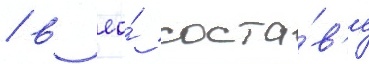
/ в ео́ соста́в'е